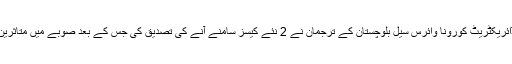
بعد ازاں صوبائی ہیلتھ ڈائریکٹریٹ کورونا وائرس سیل بلوچستان کے ترجمان نے 2 نئے کیسز سامنے آنے کی تصدیق کی جس کے بعد صوبے میں متاثرین کی تعداد 206 ہوگئی۔